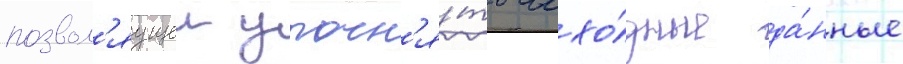
позвол'яущеи уточн'я́ть исхо́дные да́нные